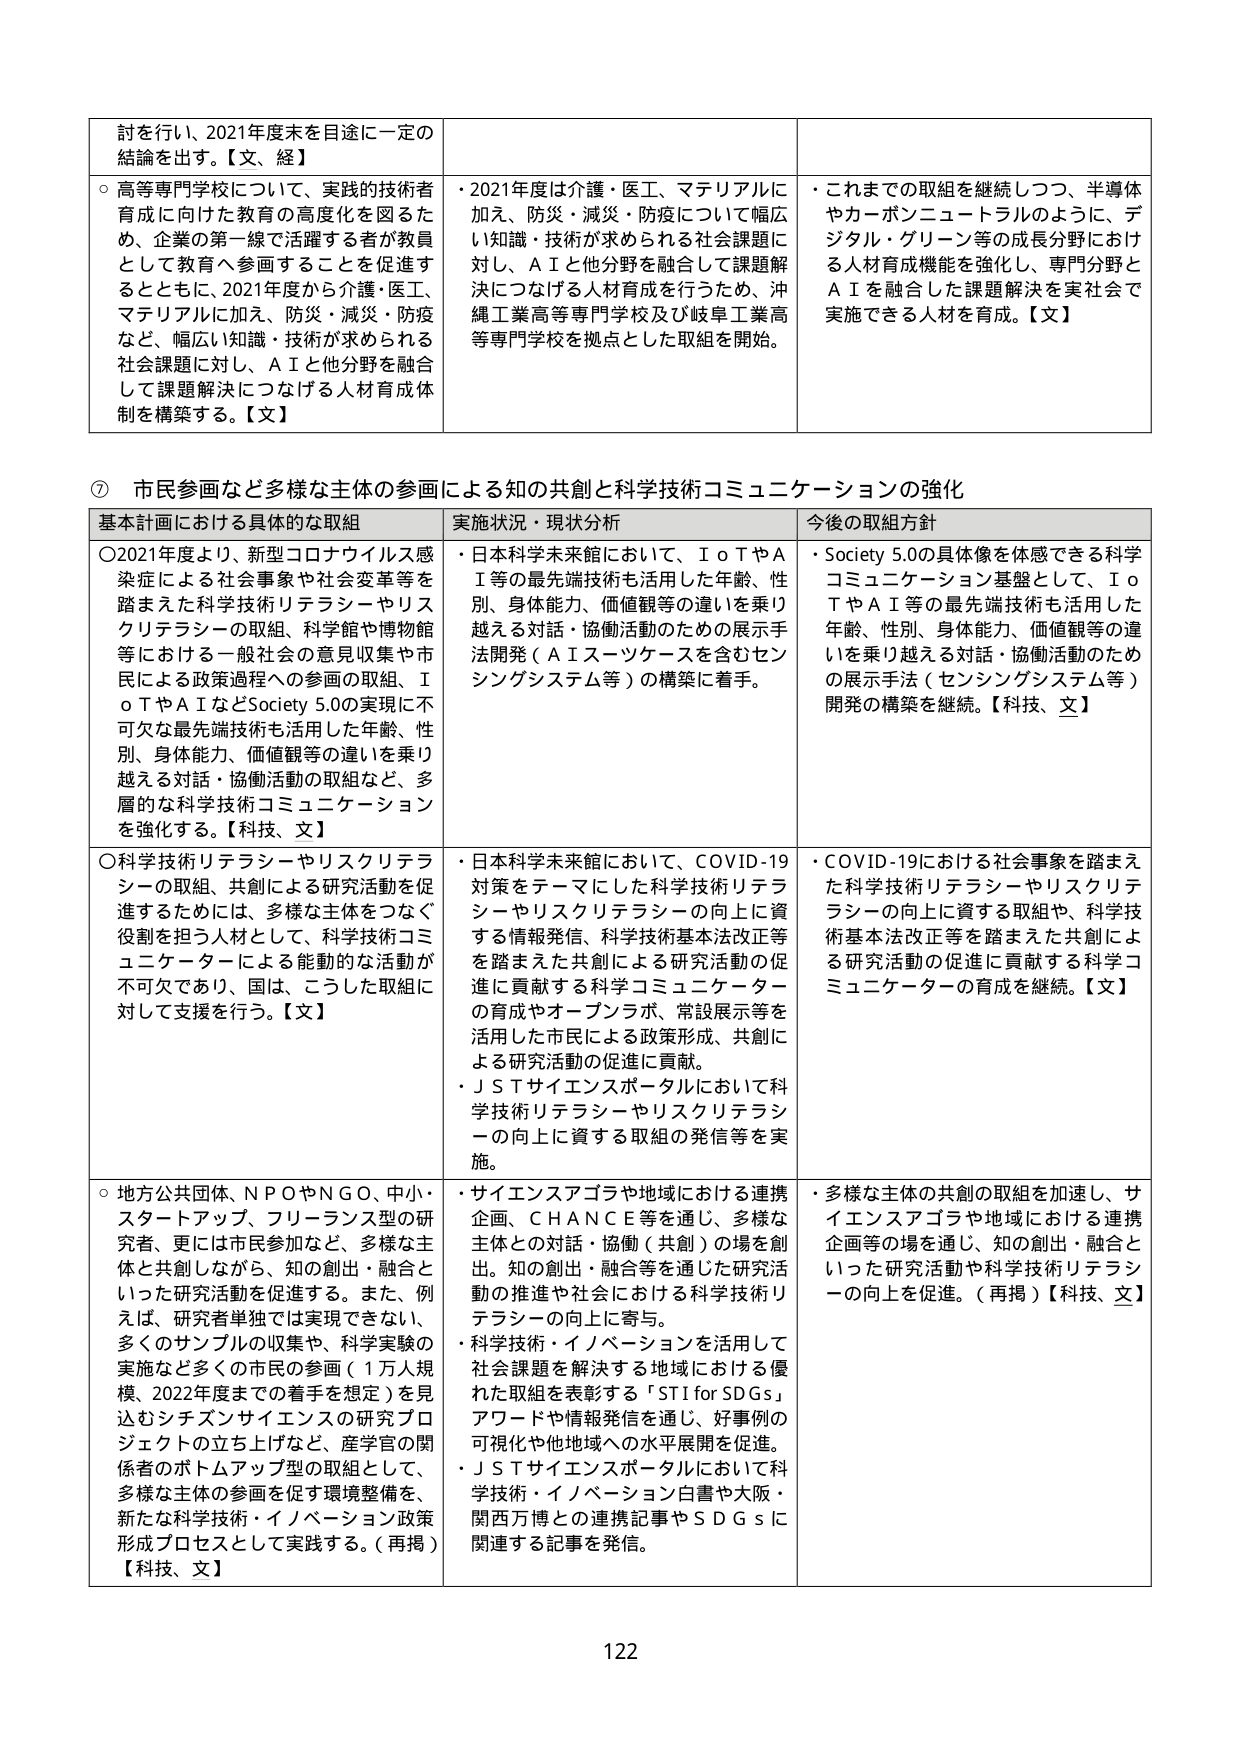
討を行い、2021年度末を目途に一定の
結論を出す。【文、経】

○高等専門学校について、実践的技術者
育成に向けた教育の高度化を図るた
め、企業の第一線で活躍する者が教員
として教育へ参画することを促進す
るとともに、2021年度から介護・医工、
マテリアルに加え、防災・減災・防疫
など、幅広い知識・技術が求められる
社会課題に対し、ＡＩと他分野を融合
して課題解決につなげる人材育成体
制を構築する。【文】

・2021年度は介護・医工、マテリアルに
加え、防災・減災・防疫について幅広
い知識・技術が求められる社会課題に
対し、ＡＩと他分野を融合して課題解
決につなげる人材育成を行うため、沖
縄工業高等専門学校及び岐阜工業高
等専門学校を拠点とした取組を開始。

・これまでの取組を継続しつつ、半導体
やカーボンニュートラルのように、デ
ジタル・グリーン等の成長分野におけ
る人材育成機能を強化し、専門分野と
ＡＩを融合した課題解決を実社会で
実施できる人材を育成。【文】

⑦ 市民参画など多様な主体の参画による知の共創と科学技術コミュニケーションの強化

基本計画における具体的な取組　　　　　　　実施状況・現状分析　　　　　　　　今後の取組方針

○2021年度より、新型コロナウイルス感
染症による社会事象や社会変革等を
踏まえた科学技術リテラシーやリス
クリテラシーの取組、科学館や博物館
等における一般社会の意見収集や市
民による政策過程への参画の取組、Ｉ
ｏＴやＡＩなどSociety 5.0の実現に不
可欠な最先端技術も活用した年齢、性
別、身体能力、価値観等の違いを乗り
越える対話・協働活動の取組など、多
層的な科学技術コミュニケーション
を強化する。【科技、文】

・日本科学未来館において、ＩｏＴやＡ
Ｉ等の最先端技術も活用した年齢、性
別、身体能力、価値観等の違いを乗り
越える対話・協働活動のための展示手
法開発（ＡＩスーツケースを含むセン
シングシステム等）の構築に着手。

・Society 5.0の具体像を体感できる科学
コミュニケーション基盤として、Ｉｏ
ＴやＡＩ等の最先端技術も活用した
年齢、性別、身体能力、価値観等の違
いを乗り越える対話・協働活動のため
の展示手法（センシングシステム等）
開発の構築を継続。【科技、文】

○科学技術リテラシーやリスクリテラ
シーの取組、共創による研究活動を促
進するためには、多様な主体をつなぐ
役割を担う人材として、科学技術コミ
ュニケーターによる能動的な活動が
不可欠であり、国は、こうした取組に
対して支援を行う。【文】

・日本科学未来館において、COVID-19
対策をテーマにした科学技術リテラ
シーやリスクリテラシーの向上に資
する情報発信、科学技術基本法改正等
を踏まえた共創による研究活動の促
進に貢献する科学コミュニケーター
の育成やオープンラボ、常設展示等を
活用した市民による政策形成、共創に
よる研究活動の促進に貢献。
・ＪＳＴサイエンスポータルにおいて科
学技術リテラシーやリスクリテラシ
ーの向上に資する取組の発信等を実
施。

・COVID-19における社会事象を踏まえ
た科学技術リテラシーやリスクリテ
ラシーの向上に資する取組や、科学技
術基本法改正等を踏まえた共創によ
る研究活動の促進に貢献する科学コ
ミュニケーターの育成を継続。【文】

○地方公共団体、ＮＰＯやＮＧＯ、中小・
スタートアップ、フリーランス型の研
究者、更には市民参加など、多様な主
体と共創しながら、知の創出・融合と
いった研究活動を促進する。また、例
えば、研究者単独では実現できない、
多くのサンプルの収集や、科学実験の
実施など多くの市民の参画（１万人規
模、2022年度までの着手を想定）を見
込むシチズンサイエンスの研究プロ
ジェクトの立ち上げなど、産学官の関
係者のボトムアップの取組として、
多様な主体の参画を促す環境整備を、
新たな科学技術・イノベーション政策
形成プロセスとして実践する。（再掲）
【科技、文】

・サイエンスアゴラや地域における連携
企画、ＣＨＡＮＣＥ等を通じ、多様な
主体との対話・協働（共創）の場を創
出。知の創出・融合等を通じた研究活
動の推進や社会における科学技術リ
テラシーの向上に寄与。
・科学技術・イノベーションを活用して
社会課題を解決する地域における優
れた取組を表彰する「STI for SDGs」
アワードや情報発信を通じ、好事例の
可視化や他地域への水平展開を促進。
・ＪＳＴサイエンスポータルにおいて科
学技術・イノベーション白書や大阪・
関西万博との連携記事やＳＤＧｓに
関連する記事を発信。

・多様な主体の共創の取組を加速し、サ
イエンスアゴラや地域における連携
企画等の場を通じ、知の創出・融合と
いった研究活動や科学技術リテラシ
ーの向上を促進。（再掲）【科技、文】

122